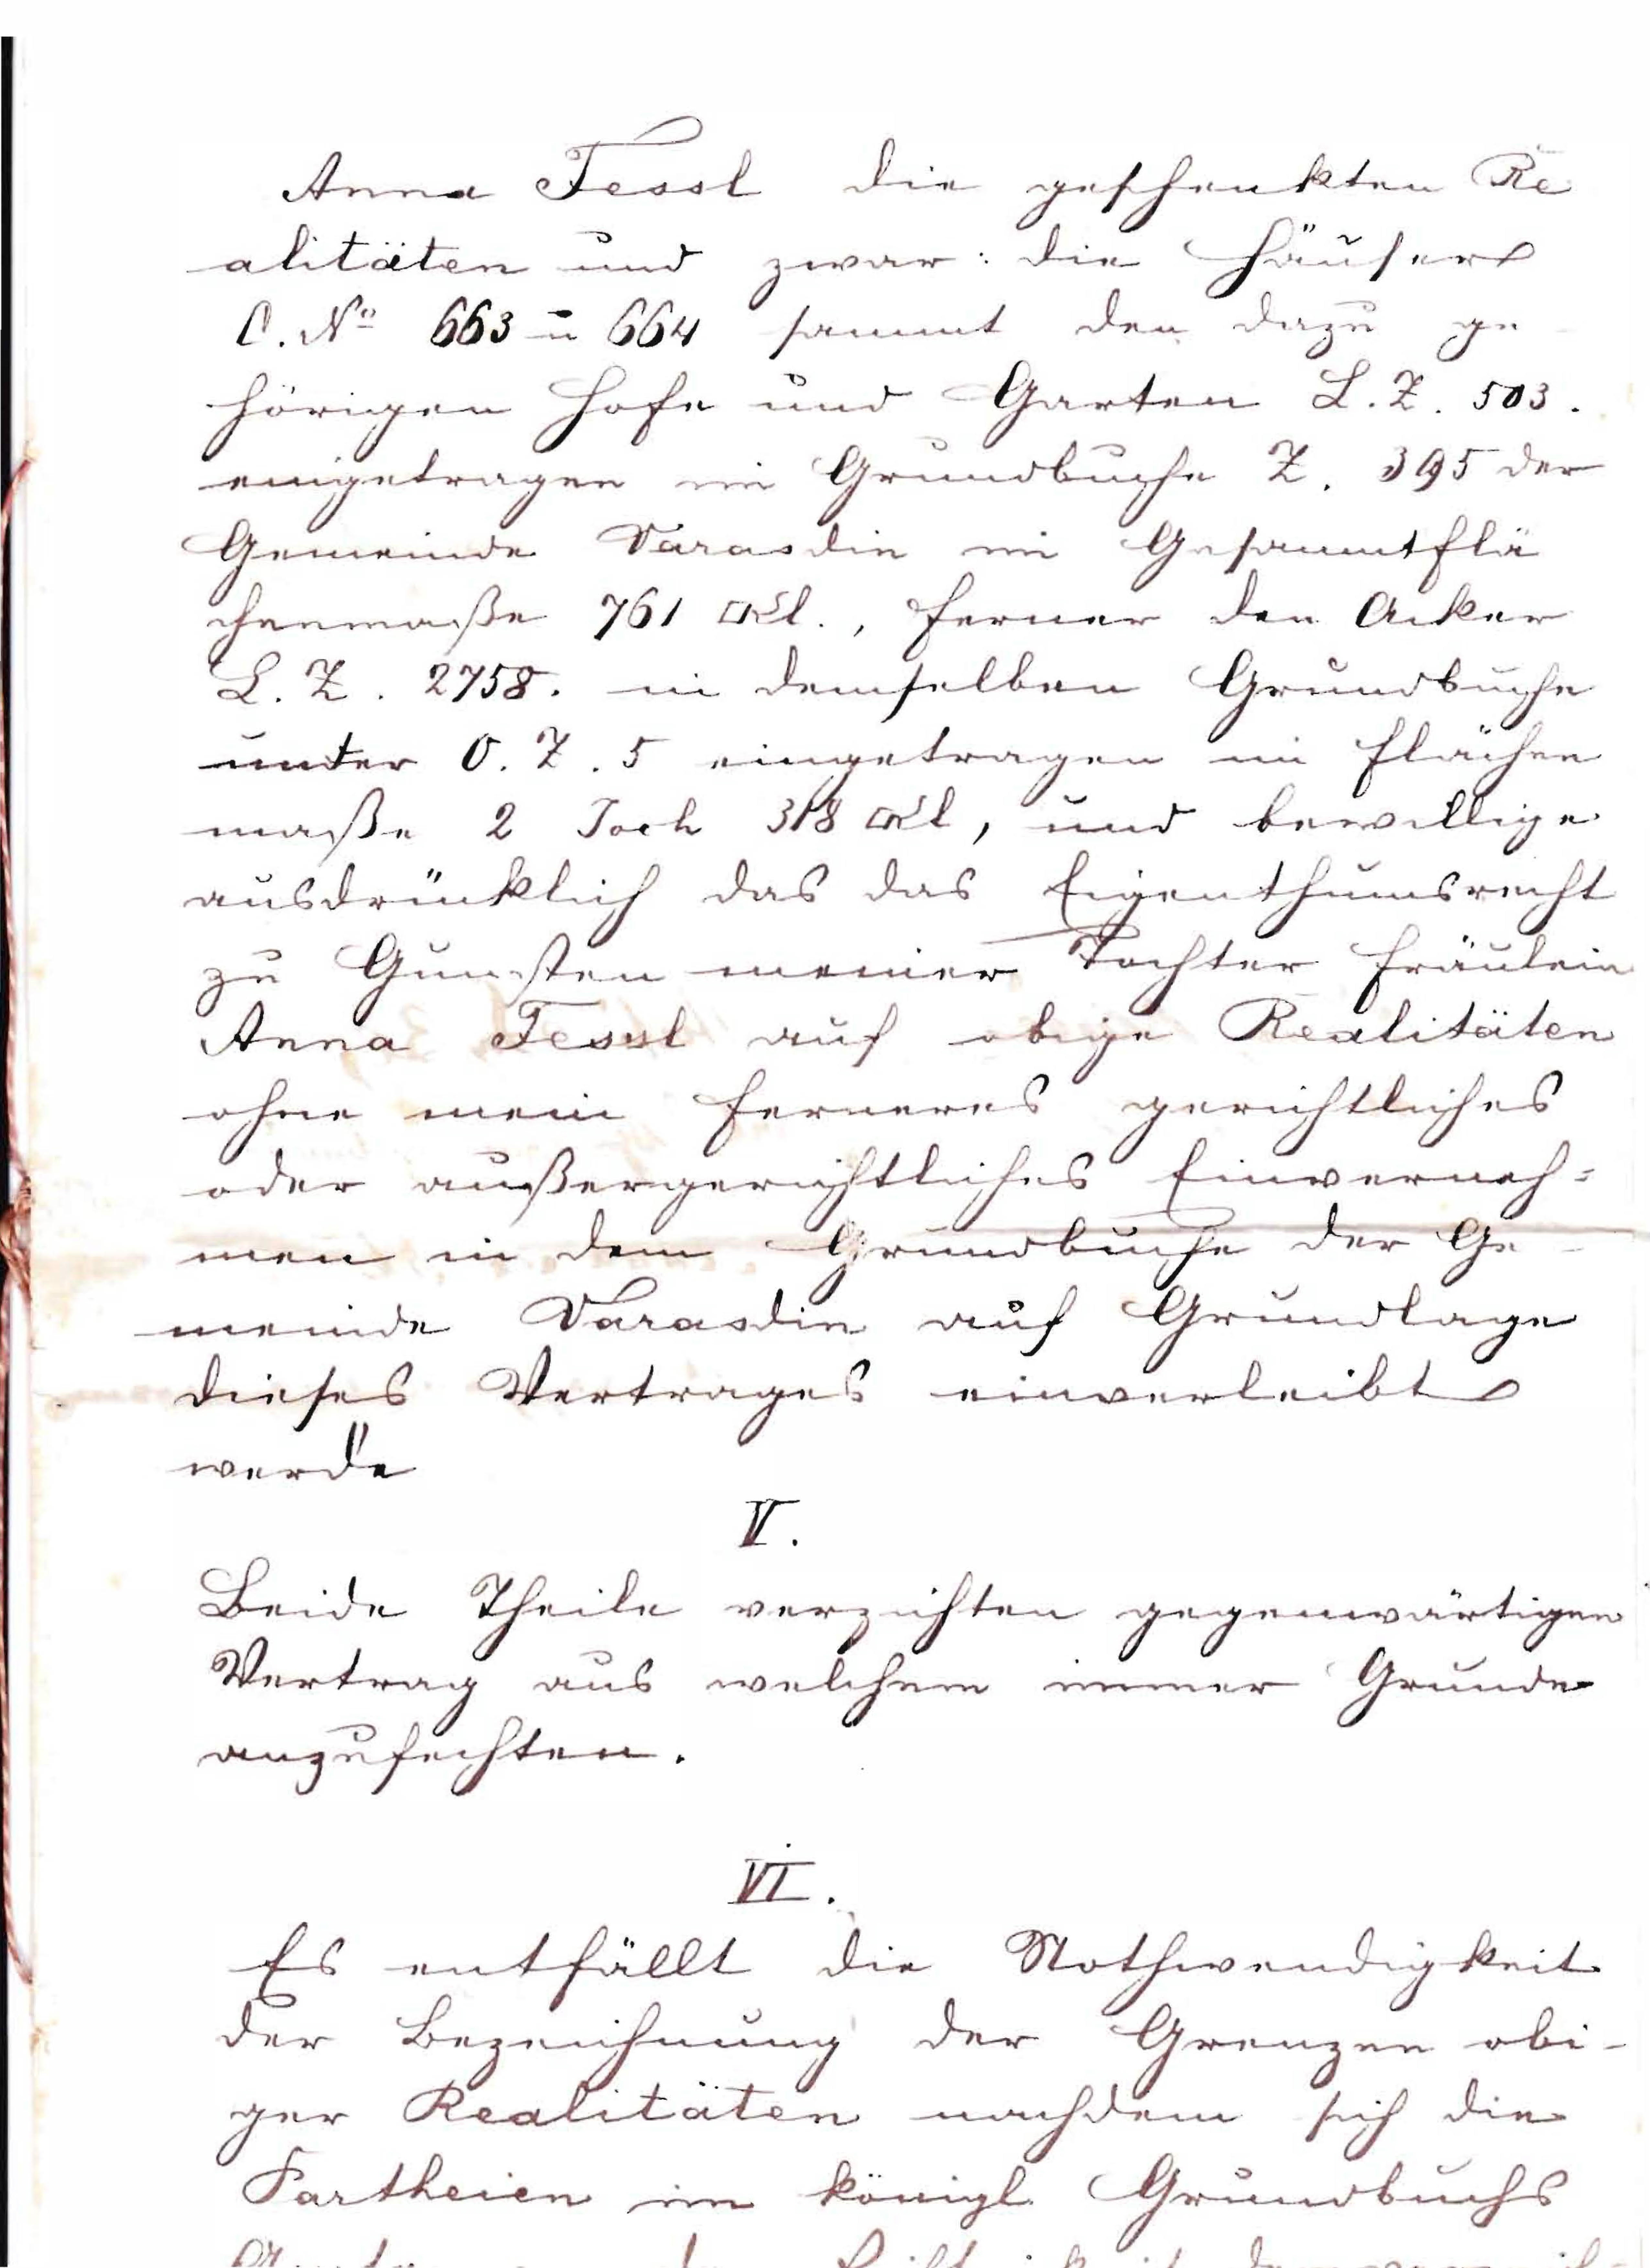
Anna Fessl die geschenkten Re¬
alitäten und zwar: die Häuser
C. No 663 u 664 sammt den dazu ge¬
hörigen Hofe und Garten L.Z. 503.
eingetragen im Grundbuche Z. 395 der
Gemeinde Varasdin im Gesamtflä¬
chenausmaße 761 #kl., ferner den Acker
L. Z. 2758. im denselben Grundbuche
unter O. Z. 5 eingetragen im Flächen¬
maße 2 Joch 318 #Kl, und bewillige
ausdrücklich das das Eigenthumsrecht
zu Gunsten meiner Tochter Fräulein
Anna Fessl auf obige Realitäten
ohne mein ferneres gerichtliches
oder außergerichtliches Einverneh¬
men in dem Grundbuche der Ge¬
meinde Varasdin auf Grundlage
dieses Vertrages einverleibt
werde
V.
Beide Theile verzichten gegenwärtigen
Vertrag aus welchem immer Grunde
anzufechten.
VI.
Es entfällt die Nothwendigkeit
der Bezeichnung der Grenzen obi¬
ger Realitäten nachdem sich die
Partheien im königl. Grundbuchs